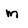
Character: m